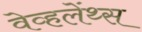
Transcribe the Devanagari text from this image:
वेव्हलेंथ्स